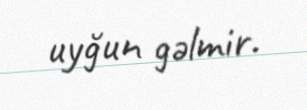
uyğun gəlmir.